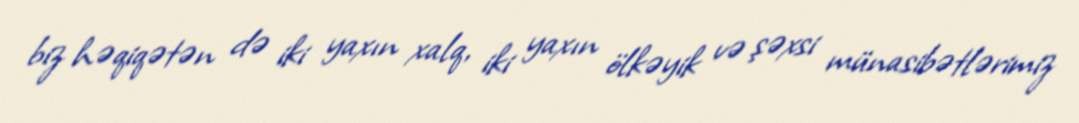
biz həqiqətən də iki yaxın xalq, iki yaxın ölkəyik və şəxsi münasibətlərimiz